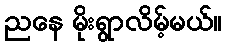
ညနေ မိုးရွာလိမ့်မယ်။